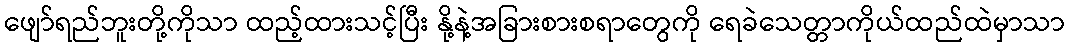
ဖျော်ရည်ဘူးတို့ကိုသာ ထည့်ထားသင့်ပြီး နို့နဲ့အခြားစားစရာတွေကို ရေခဲသေတ္တာကိုယ်ထည်ထဲမှာသာ